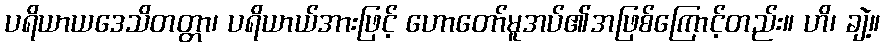
ပရိယာယဒေသိတတ္တာ၊ ပရိယာယ်အားဖြင့် ဟောတော်မူအပ်၏အဖြစ်ကြောင့်တည်း။ ဟိ၊ ချဲ့။